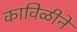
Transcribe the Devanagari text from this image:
काविळीने